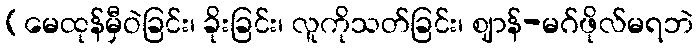
(မေထုန်မှီဝဲခြင်း၊ ခိုးခြင်း၊ လူကိုသတ်ခြင်း၊ ဈာန်-မဂ်ဖိုလ်မရဘဲ